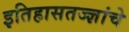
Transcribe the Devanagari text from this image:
इतिहासतज्ज्ञांचे